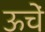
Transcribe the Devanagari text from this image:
ऊचें